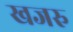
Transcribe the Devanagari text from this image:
खजरु